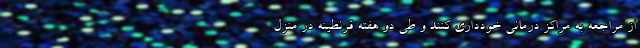
از مراجعه به مراکز درمانی خودداری کنند و طی دو هفته قرنطینه در منزل